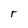
Character: r